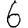
Digit: 6